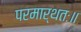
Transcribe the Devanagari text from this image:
परमार्थतः॥